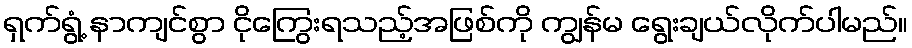
ရှက်ရွံ့ နာကျင်စွာ ငိုကြွေးရသည့်အဖြစ်ကို ကျွန်မ ရွေးချယ်လိုက်ပါမည်။